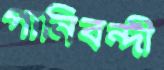
পানিবন্দী